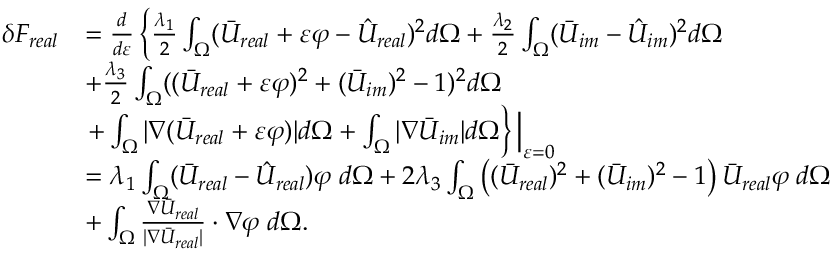
\begin{array} { r l } { \delta F _ { r e a l } } & { = \frac { d } { d \varepsilon } \left\{ \frac { \lambda _ { 1 } } { 2 } \int _ { \Omega } ( \bar { U } _ { r e a l } + \varepsilon \varphi - \hat { U } _ { r e a l } ) ^ { 2 } d \Omega + \frac { \lambda _ { 2 } } { 2 } \int _ { \Omega } ( \bar { U } _ { i m } - \hat { U } _ { i m } ) ^ { 2 } d \Omega \right. } \\ & { + \frac { \lambda _ { 3 } } { 2 } \int _ { \Omega } ( ( \bar { U } _ { r e a l } + \varepsilon \varphi ) ^ { 2 } + ( \bar { U } _ { i m } ) ^ { 2 } - 1 ) ^ { 2 } d \Omega } \\ & { \left. + \int _ { \Omega } | \nabla ( \bar { U } _ { r e a l } + \varepsilon \varphi ) | d \Omega + \int _ { \Omega } | \nabla \bar { U } _ { i m } | d \Omega \right\} \Big | _ { \varepsilon = 0 } } \\ & { = \lambda _ { 1 } \int _ { \Omega } ( \bar { U } _ { r e a l } - \hat { U } _ { r e a l } ) \varphi \; d \Omega + 2 \lambda _ { 3 } \int _ { \Omega } \left( ( \bar { U } _ { r e a l } ) ^ { 2 } + ( \bar { U } _ { i m } ) ^ { 2 } - 1 \right) \bar { U } _ { r e a l } \varphi \; d \Omega } \\ & { + \int _ { \Omega } \frac { \nabla \bar { U } _ { r e a l } } { | \nabla \bar { U } _ { r e a l } | } \cdot \nabla \varphi \; d \Omega . } \end{array}